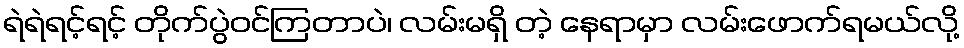
ရဲရဲရင့်ရင့် တိုက်ပွဲဝင်ကြတာပဲ၊ လမ်းမရှိ တဲ့ နေရာမှာ လမ်းဖောက်ရမယ်လို့